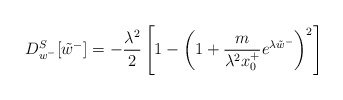
\begin{align*}D_{w^{-}}^{S}[\tilde{w}^{-}]=-\frac{\lambda^{2}}{2} \left[ 1-\left( 1+\frac{m}{\lambda^{2} x_{0}^{+}}e^{\lambda \tilde{w}^{-}}\right)^{2} \right]\end{align*}